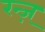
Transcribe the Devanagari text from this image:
रन्ज़्